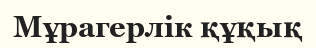
Мұрагерлік құқық